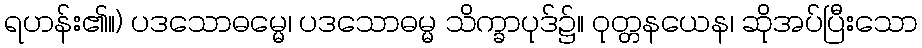
ရဟန်း၏။) ပဒသောဓမ္မေ၊ ပဒသောဓမ္မ သိက္ခာပုဒ်၌။ ဝုတ္တနယေန၊ ဆိုအပ်ပြီးသော